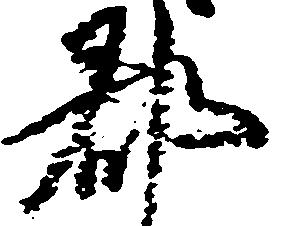
郡